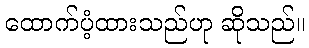
ထောက်ပံ့ထားသည်ဟု ဆိုသည်။